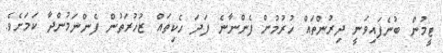
ޓީމުން ބުނެފައިވަނީ ދިރުންތައް ހުރުމުން ފެންނާނެ ފަދަ ހެކިތައް ޒުހުރަތުން ފެންނަމުންދާ ކަމަށެވެ.